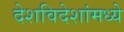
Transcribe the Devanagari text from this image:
देशविदेशांमध्ये